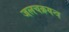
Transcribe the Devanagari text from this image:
जलचक्रयन्त्र